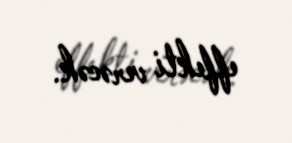
effekti verəcək.